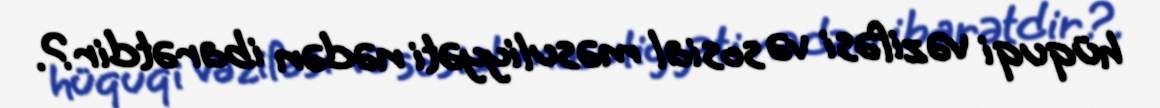
hüquqi vəzifəsi və sosial məsuliyyəti nədən ibarətdir?.